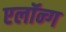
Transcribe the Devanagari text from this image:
एलॉन्ग